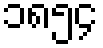
၁၈၅၄